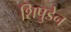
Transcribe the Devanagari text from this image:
शिपुडेन